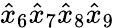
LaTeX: \hat{x}_{6}\hat{x}_{7}\hat{x}_{8}\hat{x}_{9}